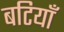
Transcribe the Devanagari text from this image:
बटियाँ